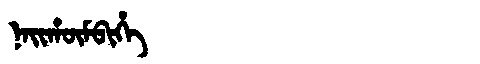
Manchu: ᠨᠠᡳᡥᡡᠮᠪᡳᡥᡝ
Romanization: NAIHŪMBIHE